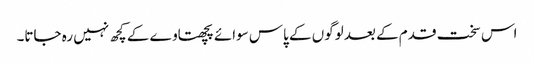
اس سخت قدم کے بعد لوگوں کے پاس سوائے پچھتاوے کے کچھ نہیں رہ جاتا۔